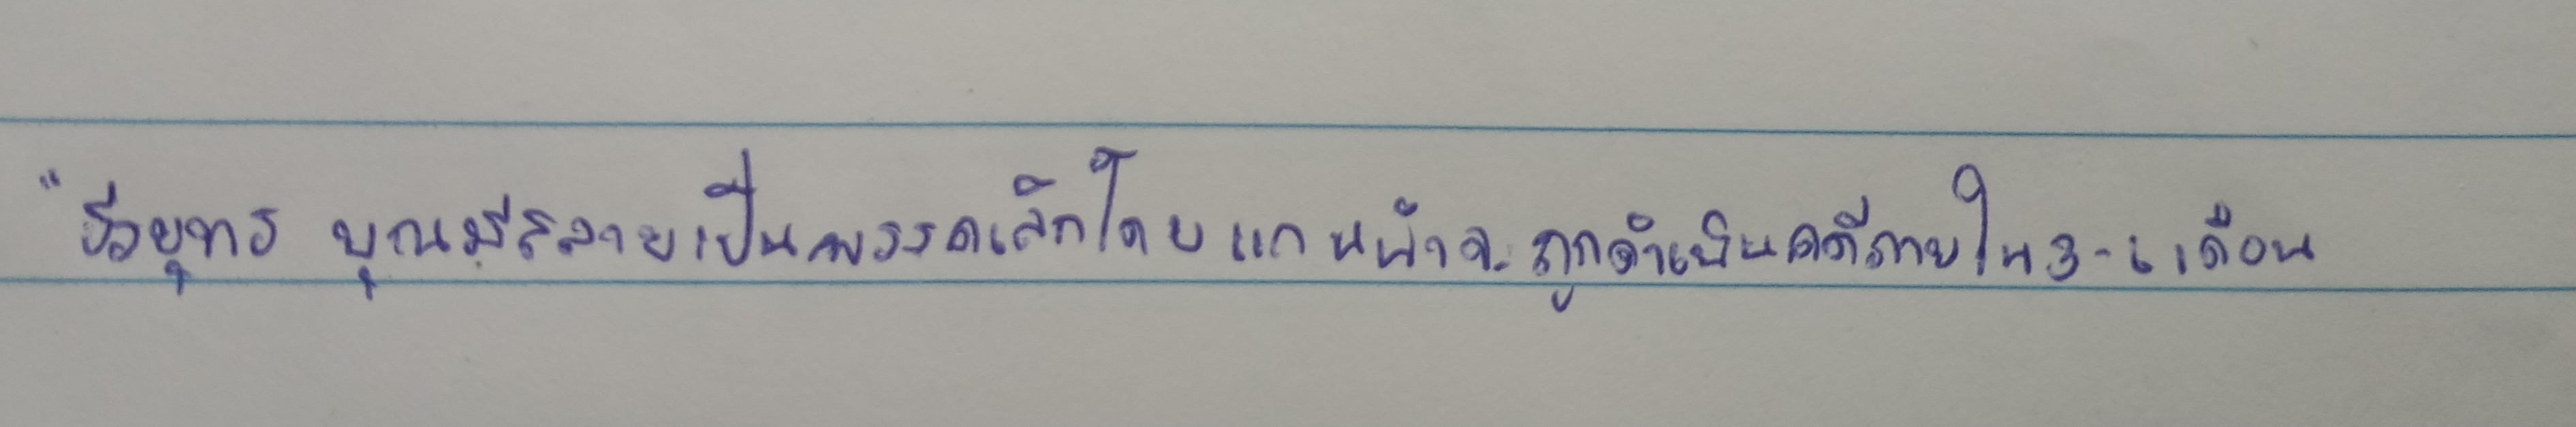
"ธีรยุทธ บุญมีสลายเป็นพรรคเล็กโดยแกนนำจะถูกดำเนินคดีภายใน3-6เดือน